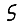
Digit: 5